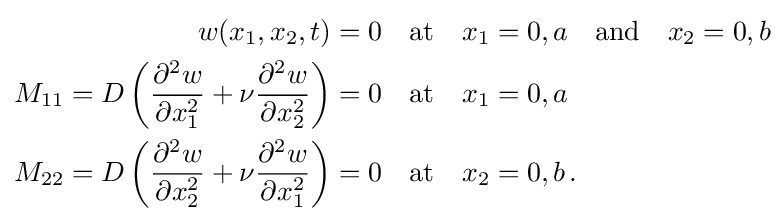
{\begin{aligned}w(x_{1},x_{2},t)=0&\quad {\text{at}}\quad x_{1}=0,a\quad {\text{and}}\quad x_{2}=0,b\\M_{11}=D\left({\frac {\partial ^{2}w}{\partial x_{1}^{2}}}+\nu {\frac {\partial ^{2}w}{\partial x_{2}^{2}}}\right)=0&\quad {\text{at}}\quad x_{1}=0,a\\M_{22}=D\left({\frac {\partial ^{2}w}{\partial x_{2}^{2}}}+\nu {\frac {\partial ^{2}w}{\partial x_{1}^{2}}}\right)=0&\quad {\text{at}}\quad x_{2}=0,b\,.\end{aligned}}